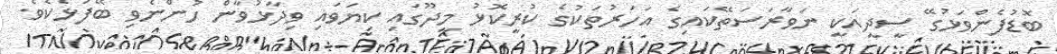
ބޮޑުފެންވަޅުގޭ ސީދީއަކީ ނަވާރަސަތޭކައިގެ އަހަރުތަކުގެ ކުރީކޮޅު މީދޫގައި ކިޔަވައި ވިދާޅުވާން ހުންނެވި ބޭފުޅެކެވެ.